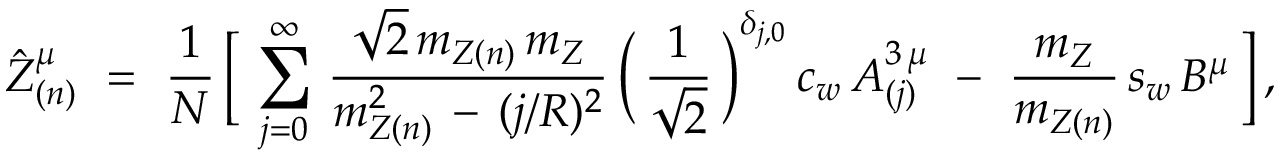
\hat { Z } _ { ( n ) } ^ { \mu } \ = \ \frac { 1 } { N } \, \bigg [ \, \sum _ { j = 0 } ^ { \infty } \, \frac { \sqrt { 2 } \, m _ { Z ( n ) } \, m _ { Z } } { m _ { Z ( n ) } ^ { 2 } \, - \, ( j / R ) ^ { 2 } } \, \bigg ( \, \frac { 1 } { \sqrt { 2 } } \, \bigg ) ^ { \delta _ { j , 0 } } \, c _ { w } \, A _ { ( j ) } ^ { 3 \, \mu } \ - \ \frac { m _ { Z } } { m _ { Z ( n ) } } \, s _ { w } \, B ^ { \mu } \, \bigg ] \, ,